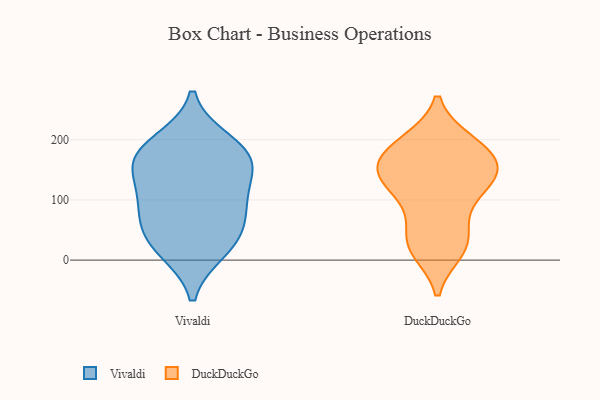
{"axis": {"x": "Conversion Rate (%)", "y": "Value"}, "legend": ["DuckDuckGo", "Vivaldi"], "data": [{"x": "", "y": 176, "type": "Vivaldi"}, {"x": "", "y": 196, "type": "Vivaldi"}, {"x": "", "y": 26, "type": "Vivaldi"}, {"x": "", "y": 106, "type": "Vivaldi"}, {"x": "", "y": 163, "type": "Vivaldi"}, {"x": "", "y": 173, "type": "Vivaldi"}, {"x": "", "y": 145, "type": "Vivaldi"}, {"x": "", "y": 95, "type": "Vivaldi"}, {"x": "", "y": 74, "type": "Vivaldi"}, {"x": "", "y": 47, "type": "Vivaldi"}, {"x": "", "y": 17, "type": "Vivaldi"}, {"x": "", "y": 16, "type": "DuckDuckGo"}, {"x": "", "y": 152, "type": "DuckDuckGo"}, {"x": "", "y": 196, "type": "DuckDuckGo"}, {"x": "", "y": 37, "type": "DuckDuckGo"}, {"x": "", "y": 137, "type": "DuckDuckGo"}, {"x": "", "y": 17, "type": "DuckDuckGo"}, {"x": "", "y": 59, "type": "DuckDuckGo"}, {"x": "", "y": 197, "type": "DuckDuckGo"}, {"x": "", "y": 155, "type": "DuckDuckGo"}, {"x": "", "y": 26, "type": "DuckDuckGo"}, {"x": "", "y": 185, "type": "DuckDuckGo"}, {"x": "", "y": 190, "type": "DuckDuckGo"}, {"x": "", "y": 99, "type": "DuckDuckGo"}, {"x": "", "y": 120, "type": "DuckDuckGo"}, {"x": "", "y": 151, "type": "DuckDuckGo"}, {"x": "", "y": 149, "type": "DuckDuckGo"}, {"x": "", "y": 152, "type": "DuckDuckGo"}, {"x": "", "y": 111, "type": "DuckDuckGo"}]}